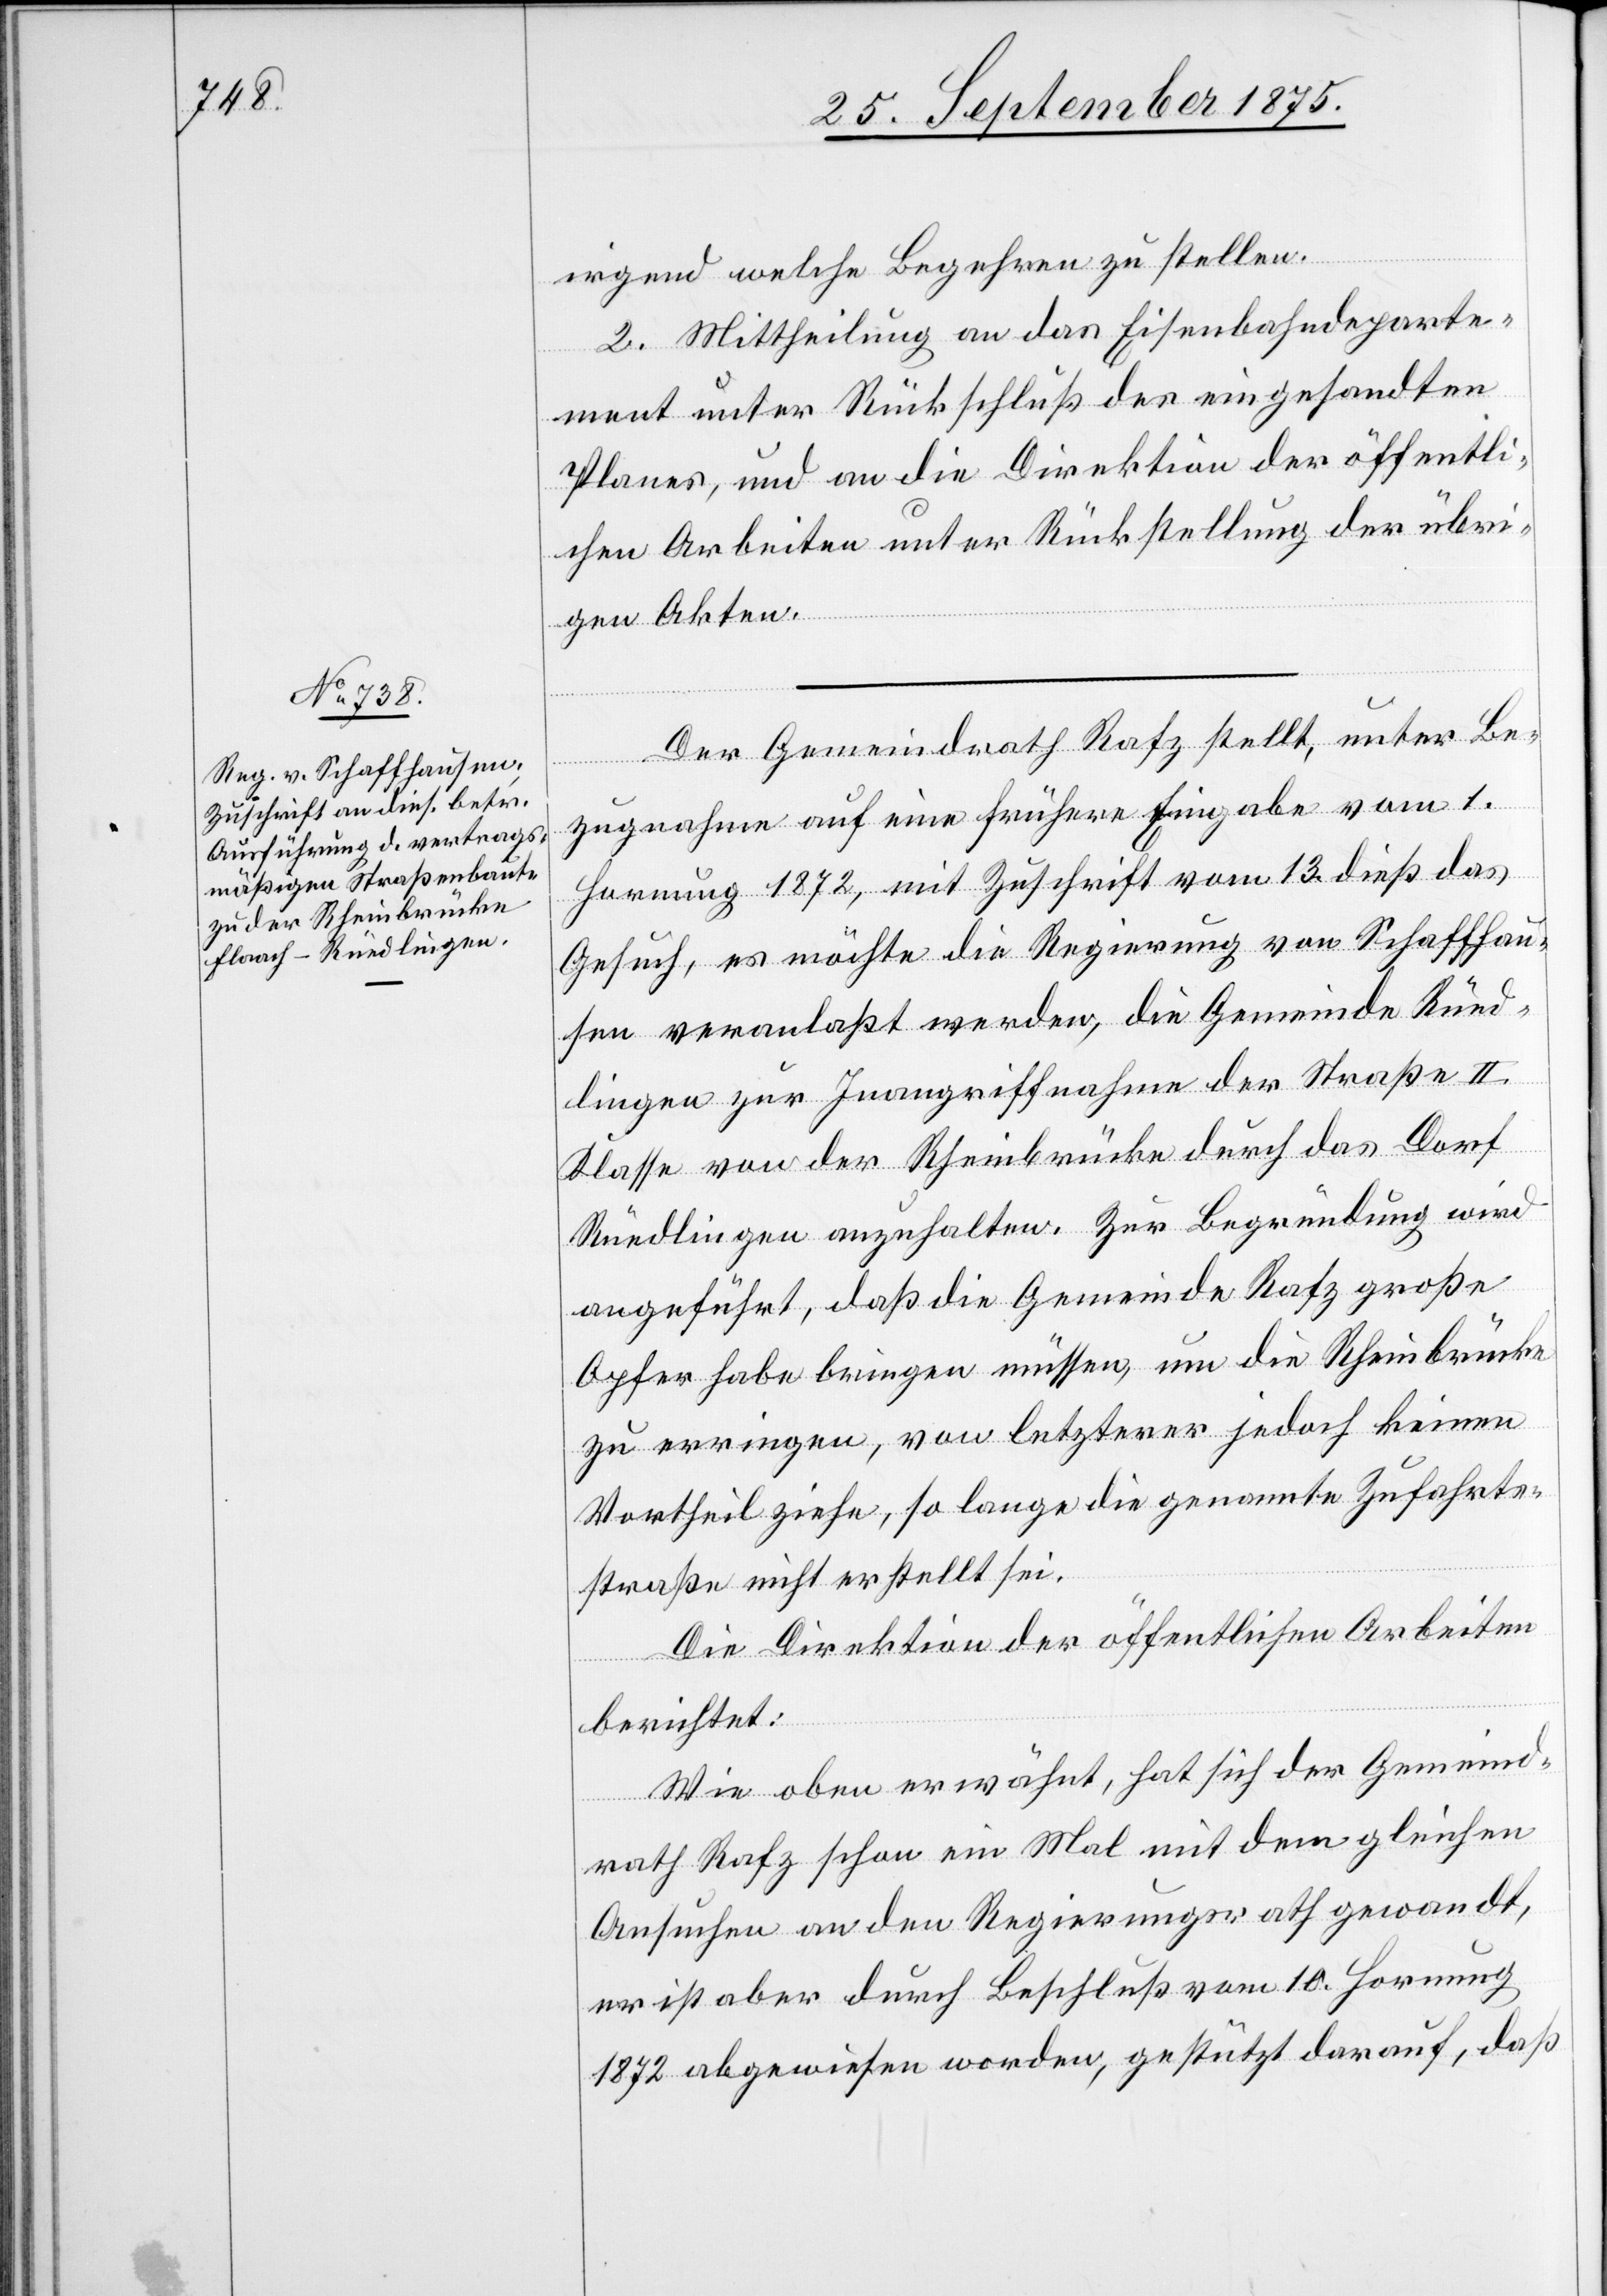
irgend welche Begehren zu stellen.
2. Mittheilung an das Eisenbahndeparte¬
ment unter Rückschluß des eingesandten
Planes, und an die Direktion der öffentli¬
chen Arbeiten unter Rückstellung der übri¬
gen Akten.
Der Gemeindrath Rafz stellt, unter Be¬
zugnahme auf eine frühere Eingabe vom 1.
Hornung 1872, mit Zuschrift vom 13. dieß das
Gesuch, es möchte die Regierung von Schaffhau¬
sen veranlaßt werden, die Gemeinde Rüed¬
lingen zur Inangriffnahme der Straße II.
Klasse von der Rheinbrücke durch das Dorf
Rüedlingen anzuhalten. Zur Begründung wird
angeführt, daß die Gemeinde Rafz große
Opfer habe bringen müssen, um die Rheinbrücke
zu erringen, von letzterer jedoch keinen
Vortheil ziehe, so lange die genannte Zufahrts¬
straße nicht erstellt sei.
Die Direktion der öffentlichen Arbeiten
berichtet:
Wie oben erwähnt, hat sich der Gemeind¬
rath Rafz schon ein Mal mit dem gleichen
Ansuchen an den Regierungsrath gewandt,
er ist aber durch Beschluß vom 10. Hornung
1872 abgewiesen worden, gestützt darauf, daß